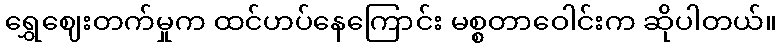
ရွှေဈေးတက်မှုက ထင်ဟပ်နေကြောင်း မစ္စတာဝေါင်းက ဆိုပါတယ်။